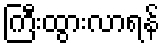
ကြီးထွားလာရန်